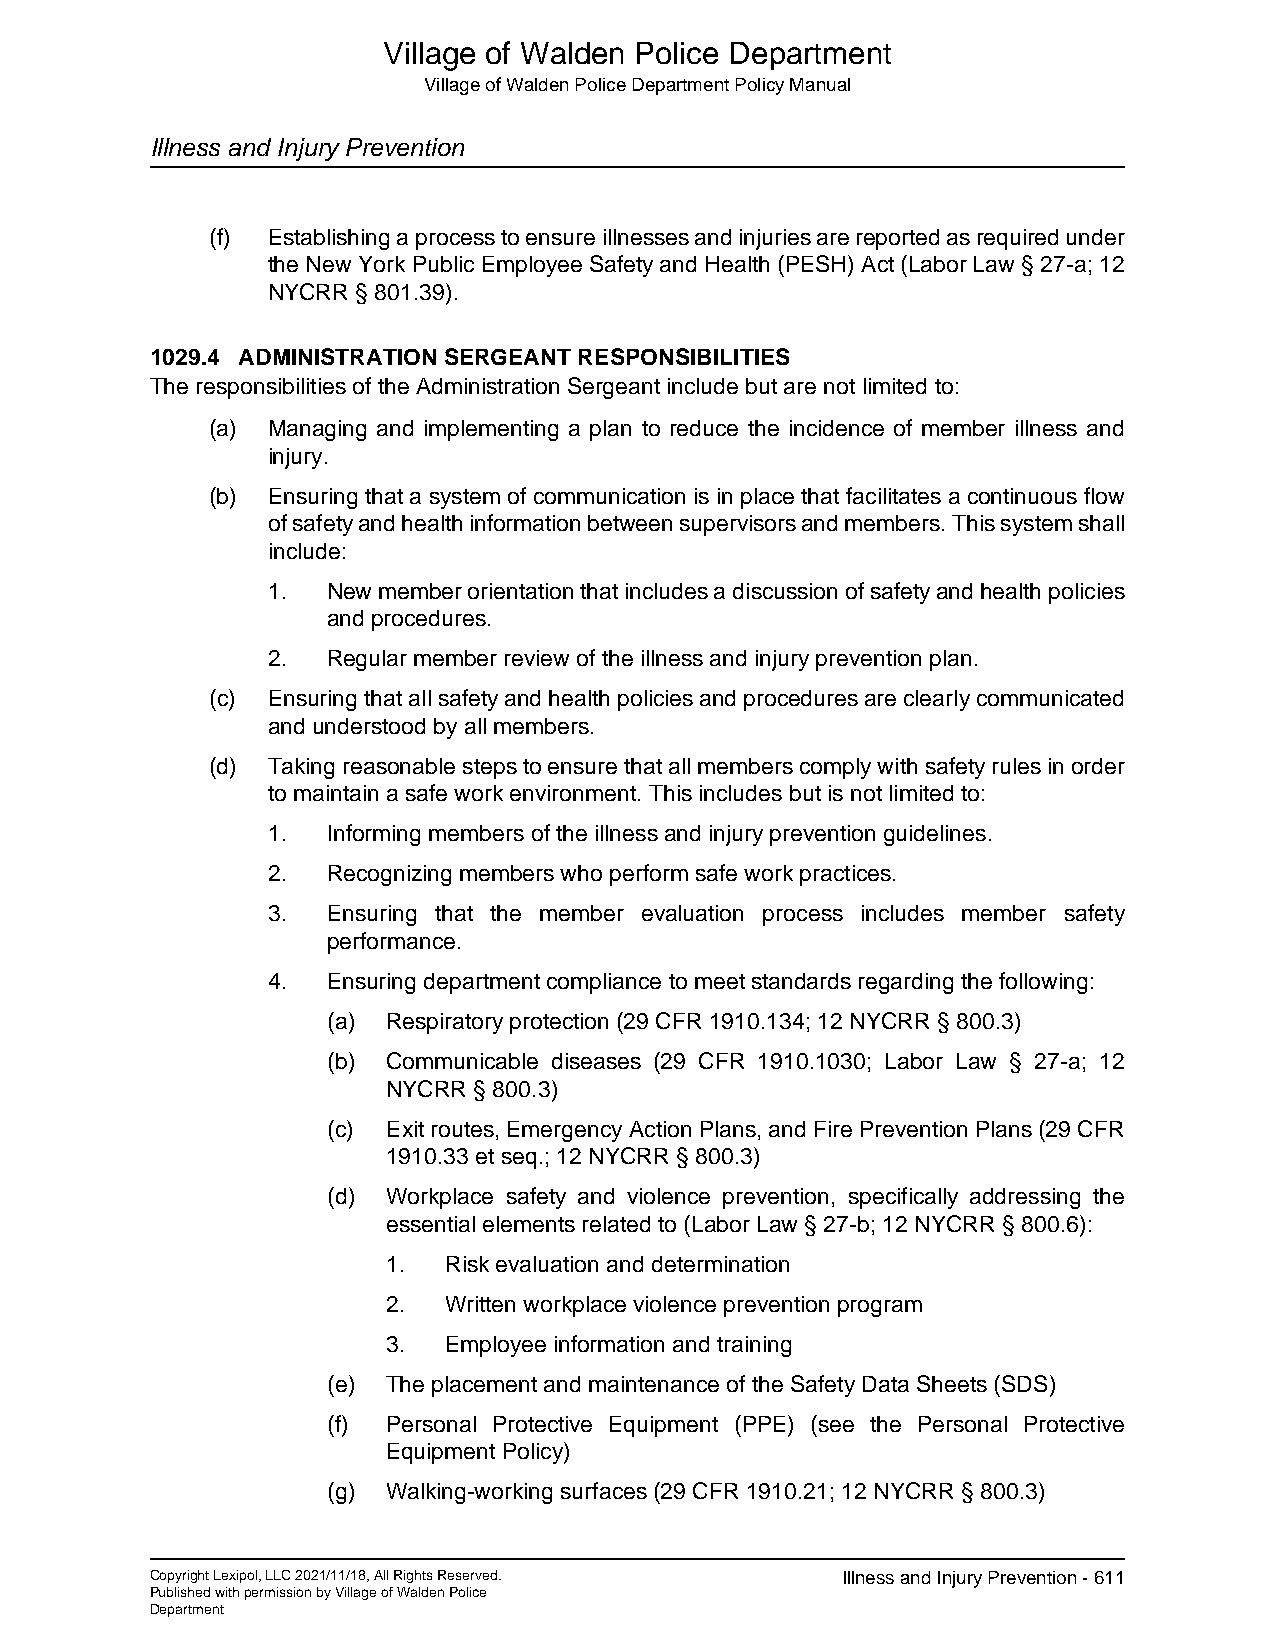
Village of Walden Police Department
 Village of Walden Police Department Policy Manual
 Illness and Injury Prevention
 (f) Establishing a process to ensure illnesses and injuries are reported as required under
 the New York Public Employee Safety and Health (PESH) Act (Labor Law § 27-a; 12
 NYCRR § 801.39).
 1029.4 ADMINISTRATION SERGEANT RESPONSIBILITIES
 The responsibilities of the Administration Sergeant include but are not limited to:
 (a) Managing and implementing a plan to reduce the incidence of member illness and
 injury.
 (b) Ensuring that a system of communication is in place that facilitates a continuous flow
 of safety and health information between supervisors and members. This system shall
 include:
 1.  New member orientation that includes a discussion of safety and health policies
 and procedures.
 2.  Regular member review of the illness and injury prevention plan.
 (c) Ensuring that all safety and health policies and procedures are clearly communicated
 and understood by all members.
 (d) Taking reasonable steps to ensure that all members comply with safety rules in order
 to maintain a safe work environment. This includes but is not limited to:
 1.  Informing members of the illness and injury prevention guidelines.
 2.  Recognizing members who perform safe work practices.
 3.  Ensuring that the member evaluation process includes member safety
 performance.
 4.  Ensuring department compliance to meet standards regarding the following:
 (a) Respiratory protection (29 CFR 1910.134; 12 NYCRR § 800.3)
 (b) Communicable diseases (29 CFR 1910.1030; Labor Law § 27-a; 12
 NYCRR § 800.3)
 (c) Exit routes, Emergency Action Plans, and Fire Prevention Plans (29 CFR
 1910.33 et seq.; 12 NYCRR § 800.3)
 (d) Workplace safety and violence prevention, specifically addressing the
 essential elements related to (Labor Law § 27-b; 12 NYCRR § 800.6):
 1. Risk evaluation and determination
 2. Written workplace violence prevention program
 3. Employee information and training
 (e) The placement and maintenance of the Safety Data Sheets (SDS)
 (f) Personal Protective Equipment (PPE) (see the Personal Protective
 Equipment Policy)
 (g) Walking-working surfaces (29 CFR 1910.21; 12 NYCRR § 800.3)
 Copyright Lexipol, LLC 2021/11/18, All Rights Reserved. Illness and Injury Prevention - 611
 Published with permission by Village of Walden Police
 Department